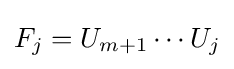
F_{j}=U_{m+1}\cdots U_{j}